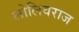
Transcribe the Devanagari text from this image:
लोलिवराज